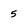
Character: 5